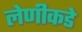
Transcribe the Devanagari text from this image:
लेणीकडे